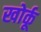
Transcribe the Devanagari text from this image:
खोर्कू